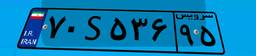
۷۰S۵۳۶۹۵